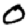
Digit: 0